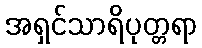
အရှင်သာရိပုတ္တရာ